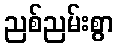
ညစ်ညမ်းစွာ